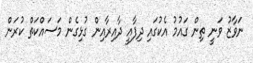
ނަވާޒު ވަނީ ތިން ގައުމު އެކުގައި ދިފާއީ ދާއިރާއިން ގުޅިގެން މަސައްކަތް ކުރަން